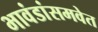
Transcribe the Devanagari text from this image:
भावंडांसमवेत